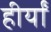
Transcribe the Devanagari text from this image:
हीर्यों